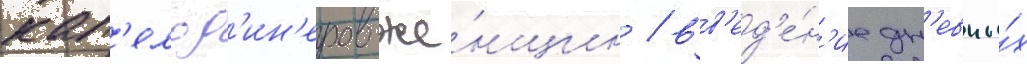
кап'ельд'ин'еров-же́нщин / вв'ед'е́н'ие дн'евны́х